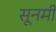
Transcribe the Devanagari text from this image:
सूनमी